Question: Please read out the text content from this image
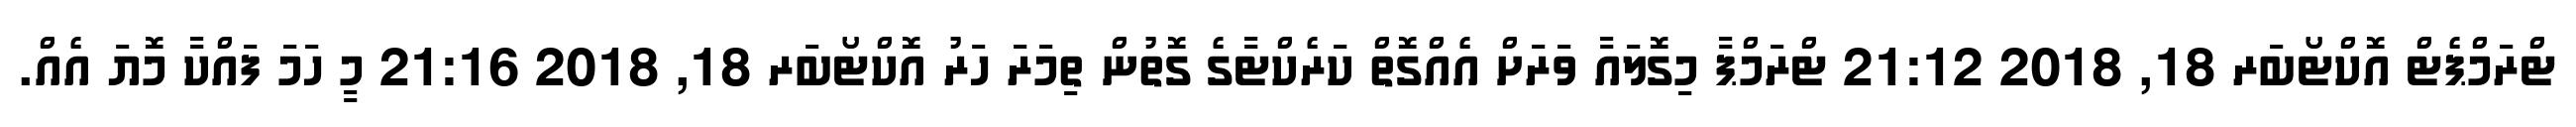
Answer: ޓްރަމްޕެޓް އޮކްޓޯބަރ 18, 2018 21:12 ޓްރަމްޕާ މިގޮަލައާ ވަރަށް އެއްގޮތް ކަރެކްޓާގެ ގޮތުން ތިމަރަ ހަރު އޮކްޓޯބަރ 18, 2018 21:16 މީ ހަމަ ފައްކާ މޮޔަ އެއް.